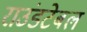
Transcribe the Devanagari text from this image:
राउंडटेबल